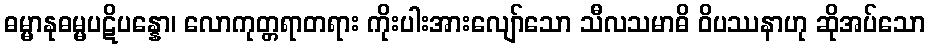
ဓမ္မာနုဓမ္မပဋိပန္နော၊ လောကုတ္တရာတရား ကိုးပါးအားလျော်သော သီလသမာဓိ ဝိပဿနာဟု ဆိုအပ်သော